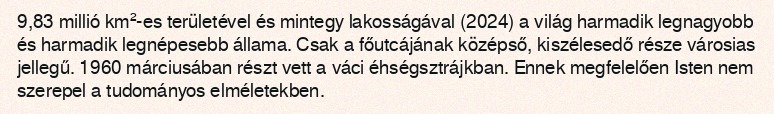
9,83 millió km²-es területével és mintegy lakosságával (2024) a világ harmadik legnagyobb és harmadik legnépesebb állama. Csak a főutcájának középső, kiszélesedő része városias jellegű. 1960 márciusában részt vett a váci éhségsztrájkban. Ennek megfelelően Isten nem szerepel a tudományos elméletekben.